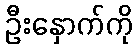
ဦးနှောက်ကို